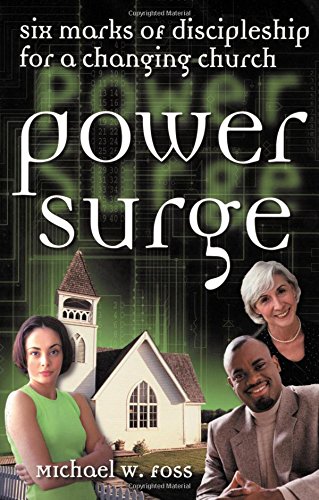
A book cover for Power Surge: Six Marks of Discipleship for a Changing Church; Michael W. Foss; Christian Books & Bibles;